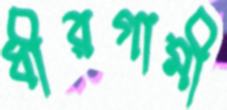
ধীরগামী